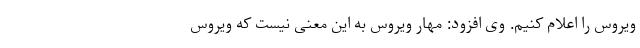
ویروس را اعلام کنیم. وی افزود: مهار ویروس به این معنی نیست که ویروس